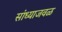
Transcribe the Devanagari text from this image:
सांध्याजवळ